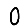
Digit: 0